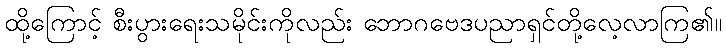
ထို့ကြောင့် စီးပွားရေးသမိုင်းကိုလည်း ဘောဂဗေဒပညာရှင်တို့လေ့လာကြ၏။